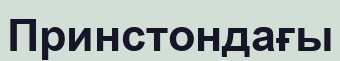
Принстондағы